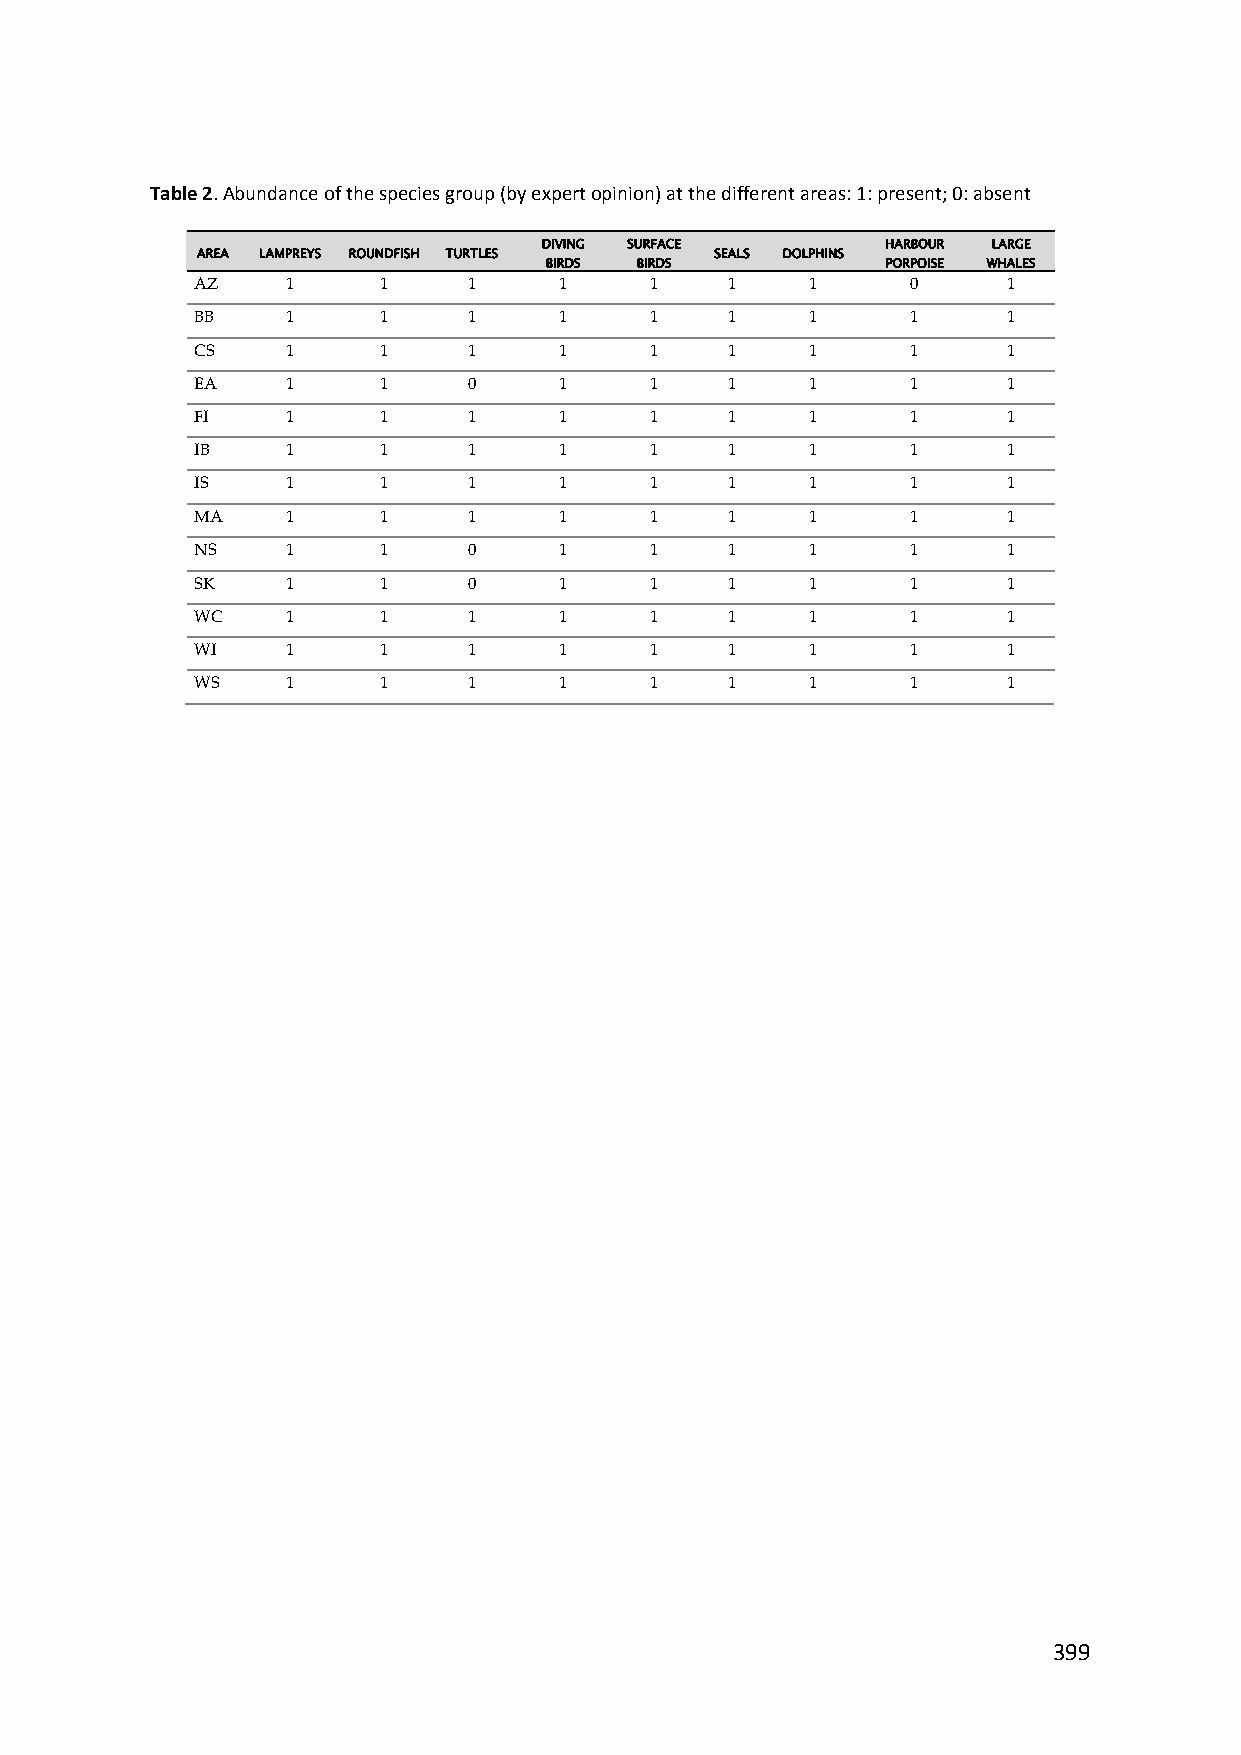
Table 2. Abundance of the species group (by expert opinion) at the different areas: 1: present; 0: absent
 DIVING SURFACE         HARBOUR LARGE
 AREA LAMPREYS ROUNDFISH TURTLES   SEALS DOLPHINS
 BIRDS BIRDS            PORPOISE WHALES
 AZ    1     1     1     1     1    1     1     0      1
 BB    1     1     1     1     1    1     1     1      1
 CS    1     1     1     1     1    1     1     1      1
 EA    1     1     0     1     1    1     1     1      1
 FI    1     1     1     1     1    1     1     1      1
 IB    1     1     1     1     1    1     1     1      1
 IS    1     1     1     1     1    1     1     1      1
 MA    1     1     1     1     1    1     1     1      1
 NS    1     1     0     1     1    1     1     1      1
 SK    1     1     0     1     1    1     1     1      1
 WC    1     1     1     1     1    1     1     1      1
 WI    1     1     1     1     1    1     1     1      1
 WS    1     1     1     1     1    1     1     1      1
 399